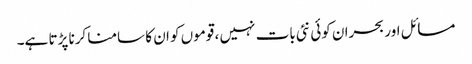
مسائل اور بحران کوئی نئی بات نہیں ، قوموں کو ان کا سامنا کرنا پڑتا ہے۔